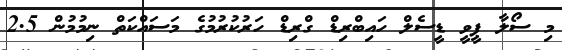
މި ސޯލާ ޕީވީ ޑީސެލް ހައިބްރިޑް ގްރިޑް ހަރުކުރުމުގެ މަސައްކަތް ނިމުމުން 2.5